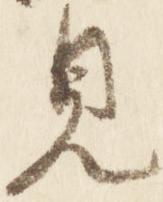
見